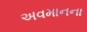
અવમાનના